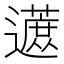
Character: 𬩦